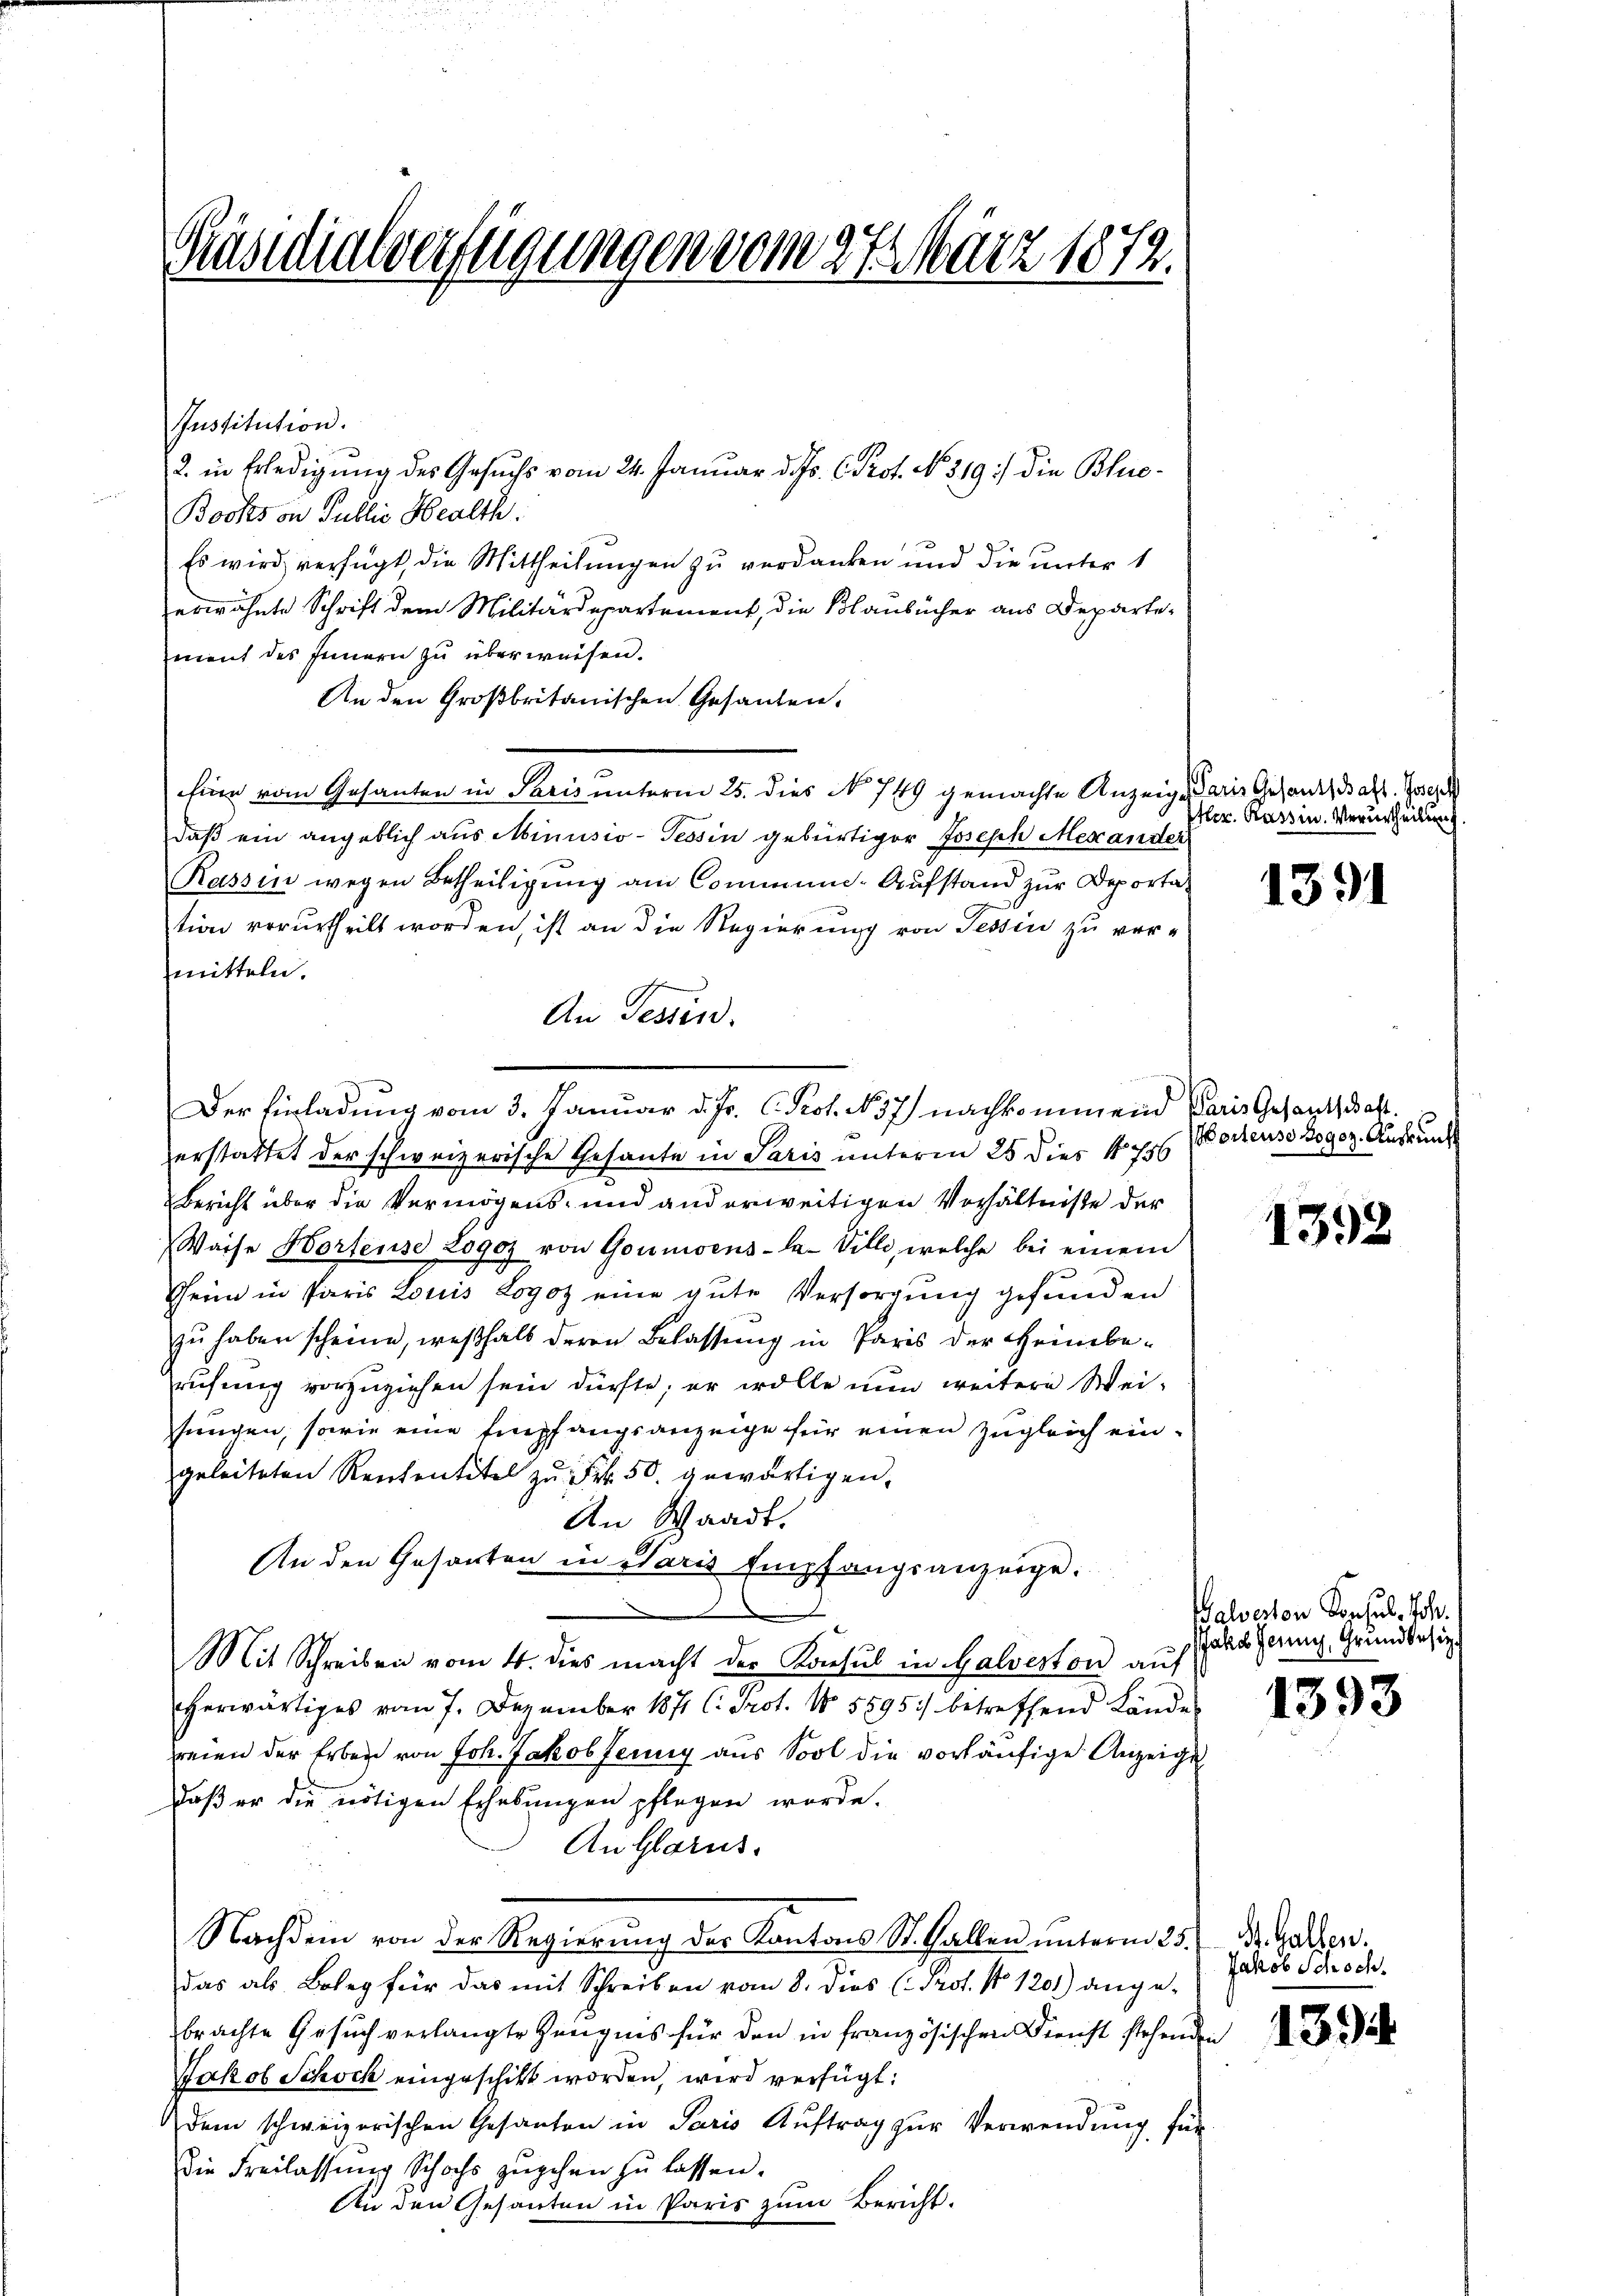
Präsidialverfügungen vom 27. März 1872.

Institution.
2. in Erledigŭng des Gesuchs vom 24. Januar d. Js. C. Prof. No. 319 :/ die Bluc-
Bocks von Public Health.
Es wird verfügt, die Mittheilungen zu verdanken und die unter 1
erwähnte Schrift dem Militärdepartement, die Blaubücher aus Departement des Innern zu überweisen.
An den Großbritanischen Gesanden,
Eine vom Gesanten in Paris unterm 25. dies No 749 gemachte Anzeige, darin Gesandschaft. Joseph
daß ein angeblich aus Minusio-Tessin gebürtiger Joseph Mexander
Rassin wegen Betheiligŭng am Communi. Aufstand zur Deportation verurtheilt worden, ist an die Regierung von Tessin zu ver-
mitteln.
An Tessin.
zerstattet der schweizerische Gesante in Paris unterm 25 dies 1756
Bericht über die Vermögens- und anderweitigen Verhältnisse der
Waise Wortense Logos von Goumisens-La-Villi, welche bei einem
Theim in Paris Louis Logos eine gute Versorgung gefunden
zu haben scheine, weßhalb deren Belassung in Paris der Heinberufung vorzuziehen sein dürfte; er wolle nun weitere Weiftungen, sowie eine Empfangsanzeige für einen zugleich eingeleiteten Rententitel zŭ Fr. 50. gewärtigen,
An Waadt.
An den Gesanten in Paris Empfangsanzeige.
Mit Schreiben vom 4. dies macht der Konsul in Galveston auf
herwärtiges vom 7. Dezember 1871 l. Prot. No 5895. betreffend Lände
reien der Erben von Joh. Jakobfeung aus Sool die vorläufige Anzeige
daß er die nötigen Erhebungen pflegen worde.
An Glarus.
Nachdem von der Regierung der Kantons St. Gallen unterm 25. d. Gallen.
das als Boleg für das mit Schreiben vom 8. dies (Prot. No 1201) ange-
brachte Gesuch verlangte Zeugnis für den in französischen Dienst stehen
Jakob Schock eingeschikt worden, wird verfügt:
dem schweizerischen Gesanten in Paris Auftrag zur Verwendung für
Die Freilassŭng Schochs zŭgehen zŭ lassen.
An den Gesanten in Paris zum Bericht.

Der Einladung vom 3. Januar d. J. C. Prot. No 7) nachkommend Paris Gesandtschaft.

Ifler. Kassin. Verurtheilung

1391

orteuse Logoz. Auskunft

e

1392

Walverten Consul, Joh.
Jahd Jenny, Grundbesiz

1393

Jakob Schoch.
¬

139.